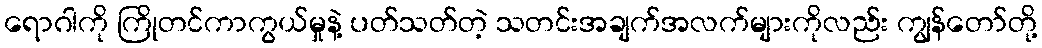
ရောဂါကို ကြိုတင်ကာကွယ်မှုနဲ့ ပတ်သတ်တဲ့ သတင်းအချက်အလက်များကိုလည်း ကျွန်တော်တို့